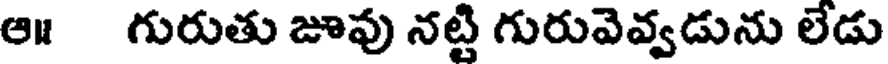
ఆ గురుతు జూవు నట్టి గురువెవ్వడును లేడు